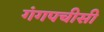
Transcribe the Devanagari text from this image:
गंगपचीसी